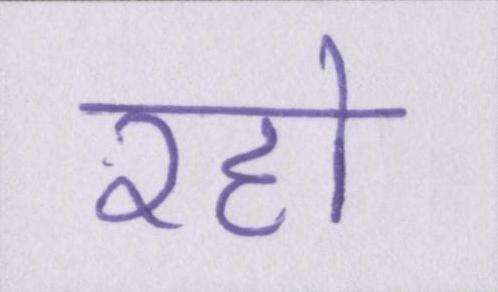
रहो